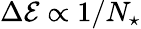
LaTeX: \Delta\mathcal{E}\propto 1/N_{\star}